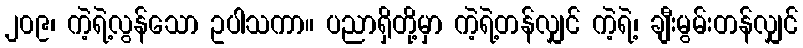
၂၀၉၊ ကဲ့ရဲ့လွန်သော ဥပါသကာ။ ပညာရှိတို့မှာ ကဲ့ရဲ့တန်လျှင် ကဲ့ရဲ့၊ ချီးမွမ်းတန်လျှင်